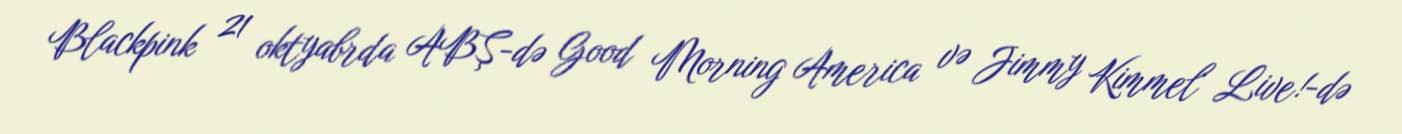
Blackpink 21 oktyabrda ABŞ-də Good Morning America və Jimmy Kimmel Live!-də